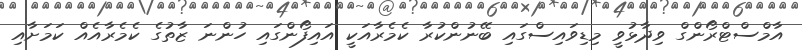
އާމްސްޓްރޯންގް ވިދާޅުވީ މިޑިވައިސްގައި ބޭނުންކުރާ ކެމެރާއަކީ އައިފޯންގައި ހުންނަ ޒާތުގެ ކެމެރާއެއް ކަމަށާއި